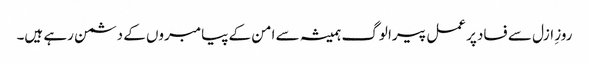
روزِ ازل سے فساد پر عمل پیرا لوگ ہمیشہ سے امن کے پیامبروں کے دشمن رہے ہیں۔